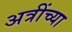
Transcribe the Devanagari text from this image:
अत्रींच्या